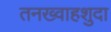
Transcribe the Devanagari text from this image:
तनख्वाहशुदा